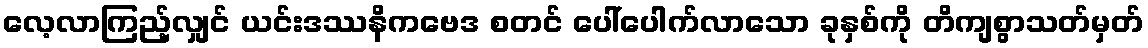
လေ့လာကြည့်လျှင် ယင်းဒဿနိကဗေဒ စတင် ပေါ်ပေါက်လာသော ခုနှစ်ကို တိကျစွာသတ်မှတ်